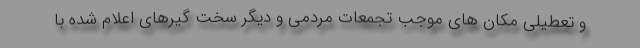
و تعطیلی مکان های موجب تجمعات مردمی و دیگر سخت گیرهای اعلام شده با